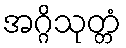
အဂ္ဂိသုတ္တံ